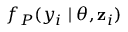
f _ { P } ( y _ { i } \mid \boldsymbol { \theta } , \mathbf { z } _ { i } )